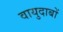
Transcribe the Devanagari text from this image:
वायुदाबों